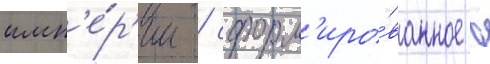
имп'е́р'ии / сформ'иро́ванное в